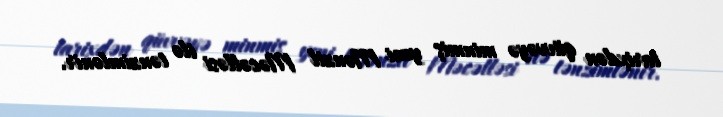
tarixdən qüvvəyə minmiş yeni Mənzil Məcəlləsi ilə tənzimlənir.